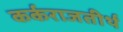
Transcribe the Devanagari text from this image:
कर्कराजतीर्थ